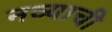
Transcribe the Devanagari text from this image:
नव्याची